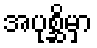
အပုစ္ဆိမှာ